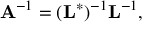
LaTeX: \mathbf { A } ^ { - 1 } = ( \mathbf { L } ^ { * } ) ^ { - 1 } \mathbf { L } ^ { - 1 } ,